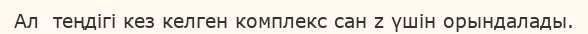
Ал  теңдігі кез келген комплекс сан z үшін орындалады.